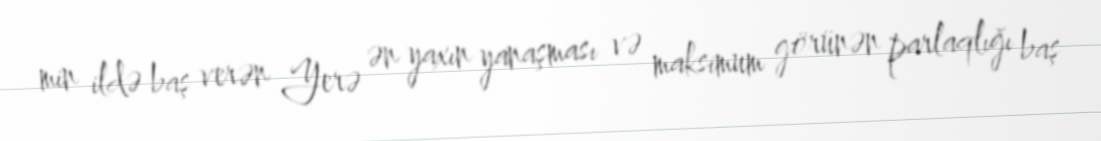
min ildə baş verən Yerə ən yaxın yanaşması və maksimum görünən parlaqlığı baş